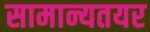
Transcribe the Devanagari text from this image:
सामान्यतयर